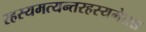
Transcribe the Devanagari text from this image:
रहस्यमत्यन्तरहस्यमेतन्न